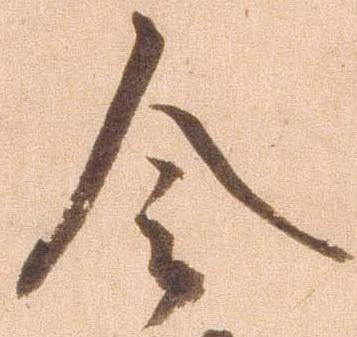
令